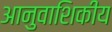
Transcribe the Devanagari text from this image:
आनुवाशिकीय